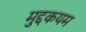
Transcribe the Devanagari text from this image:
मुद्दकयम